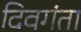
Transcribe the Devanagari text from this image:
दिवगंता